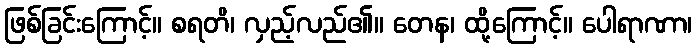
ဖြစ်ခြင်းကြောင့်။ စရတိ၊ လှည့်လည်၏။ တေန၊ ထို့ကြောင့်။ ပေါရာဏာ၊